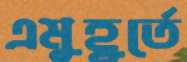
এমুহূর্তে